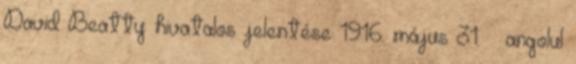
David Beatty hivatalos jelentése 1916. május 31. – angolul